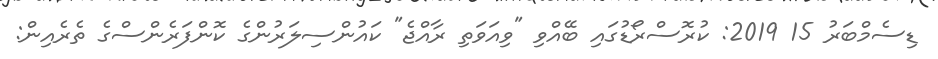
ޑިސެމްބަރު 15 2019: ކުރޮސްރޯޑުގައި ބޭއްވި "ވިއަވަތި ރާއްޖެ" ކައުންސިލަރުންގެ ކޮންފަރެންސްގެ ތެރެއިން: